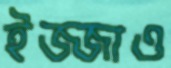
ইজ্জাও